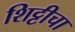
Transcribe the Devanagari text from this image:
शिट्टीचा